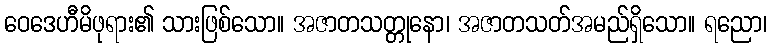
ဝေဒေဟီမိဖုရား၏ သားဖြစ်သော။ အဇာတသတ္တုနော၊ အဇာတသတ်အမည်ရှိသော။ ရညော၊